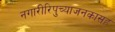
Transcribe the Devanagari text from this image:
नगारीरिपुच्याजनकासह